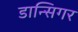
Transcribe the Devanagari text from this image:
डान्सिगर